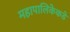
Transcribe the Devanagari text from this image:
महापालिकेकडे